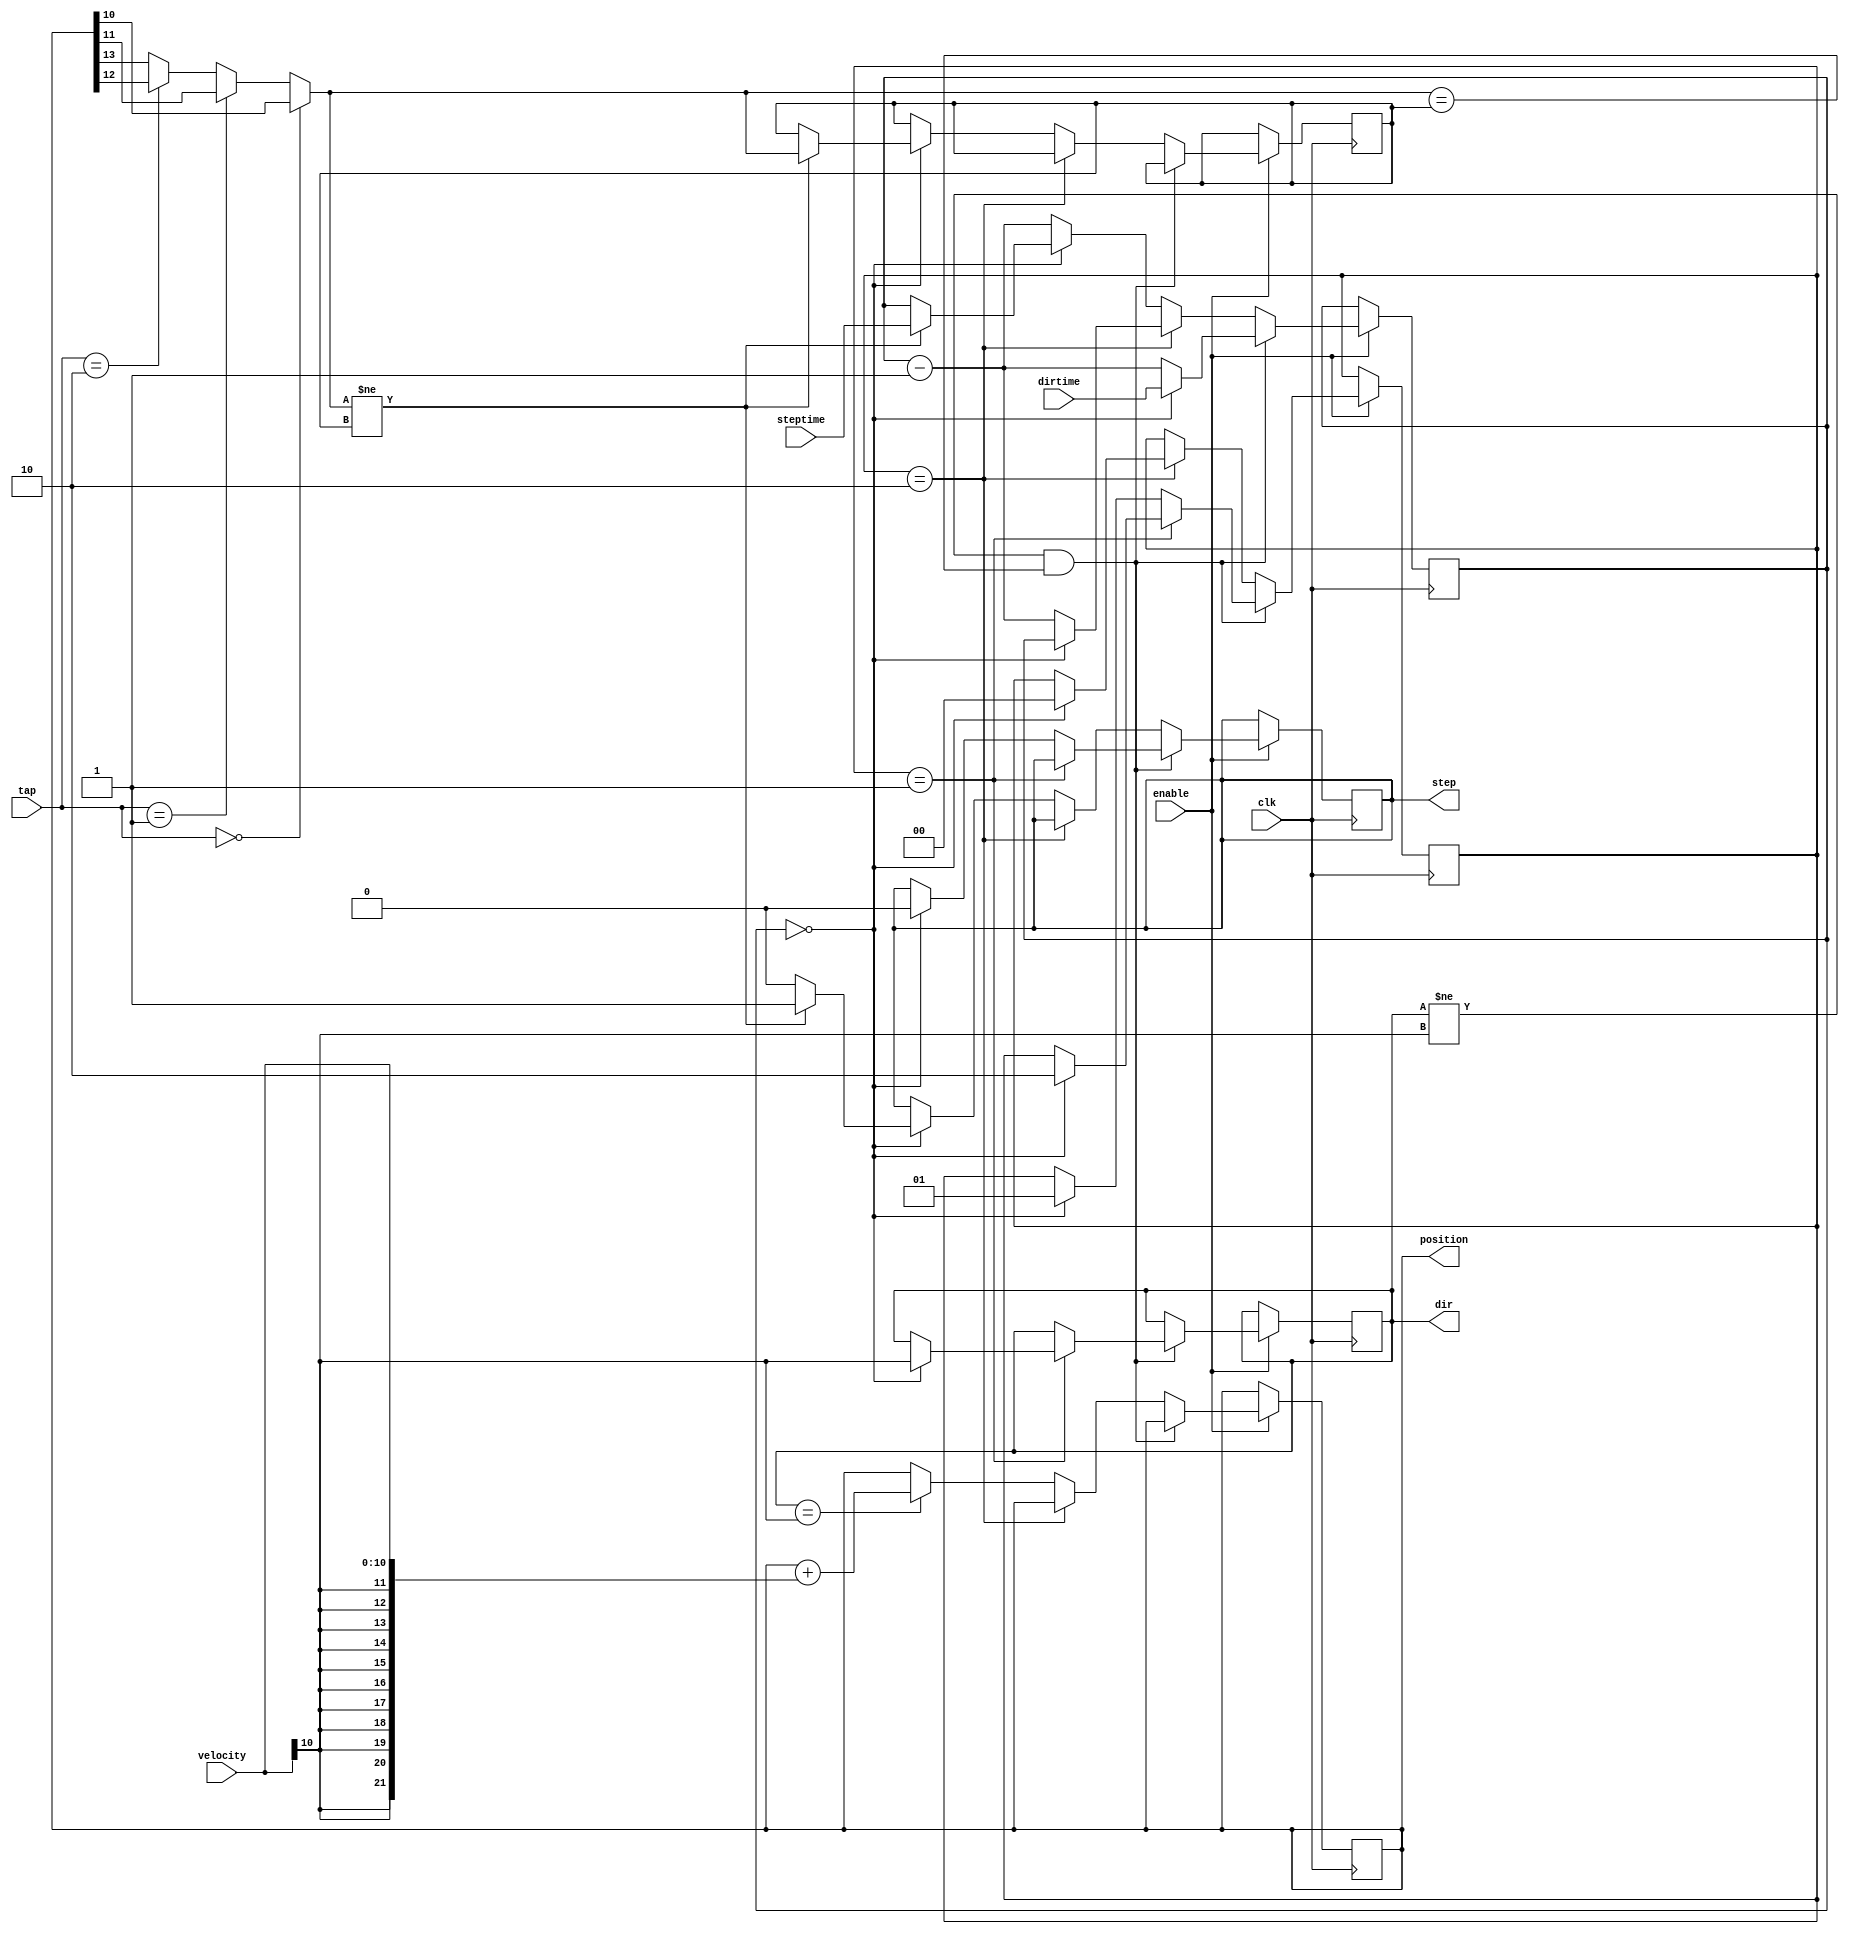
module stepgen(clk, enable, position, velocity, dirtime, steptime, step, dir, tap);
`define STATE_STEP 0
`define STATE_DIRCHANGE 1
`define STATE_DIRWAIT 2

parameter W=12;
parameter F=10;
parameter T=5;

input clk, enable;
output [W+F-1:0] position; reg [W+F-1:0] position;
input [F:0] velocity;
input [T-1:0] dirtime, steptime;
input [1:0] tap;

output step, dir;
reg step, dir;

reg [T-1:0] timer;
reg [1:0] state;
reg ones;
wire dbit = velocity[F];
wire pbit = (tap == 0 ? position[F] 
			: (tap == 1 ? position[F+1]
			: (tap == 2 ? position[F+2]
			: position[F+3])));

wire [W+F-1:0] xvelocity = {{W{velocity[F]}}, {1{velocity[F-1:0]}}};

`ifdef TESTING
// for testing:
initial position = 1'b0;
initial state = `STATE_STEP;
initial timer = 0;
initial dir = 0;
initial ones = 0;
`endif
 
always @(posedge clk) begin
	if(enable) begin
	// $display("state=%d timer=%d position=%h velocity=%h dir=%d dbit=%d pbit=%d ones=%d", state, timer, position, xvelocity, dir, dbit, pbit, ones);
		if((dir != dbit) && (pbit == ones)) begin
			if(state == `STATE_DIRCHANGE) begin
				if(timer == 0) begin
					dir <= dbit;
					timer <= dirtime;
					state <= `STATE_DIRWAIT;
				end else begin
						timer <= timer - 1'd1;
				end
			end else begin
				if(timer == 0) begin
					step <= 0;
					timer <= dirtime;
					state <= `STATE_DIRCHANGE;
				end else begin
					timer <= timer - 1'd1;
				end
			end
		end else if(state == `STATE_DIRWAIT) begin
			if(timer == 0) begin
				state <= `STATE_STEP;
			end else begin
				timer <= timer - 1'd1;
			end
		end else begin
			if(timer == 0) begin
				if(pbit != ones) begin
					ones <= pbit;
					step <= 1'd1;
					timer <= steptime;
				end else begin
					step <= 0;
				end
			end else begin
				timer <= timer - 1'd1;
			end
			if(dir == dbit) 
					position <= position + xvelocity;
		end
	end
end

endmodule